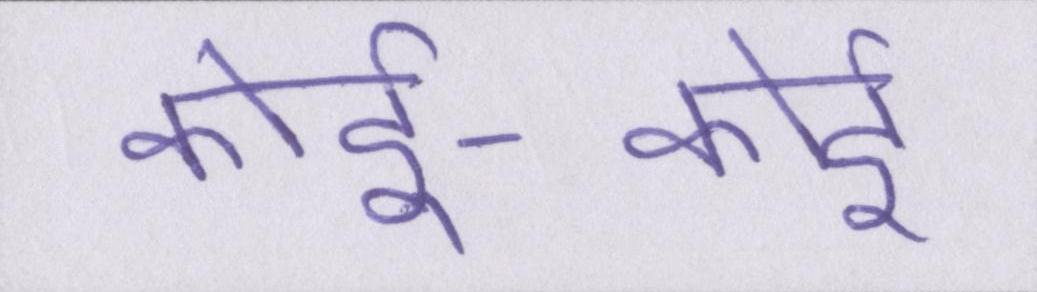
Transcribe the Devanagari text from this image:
कोई-कोई